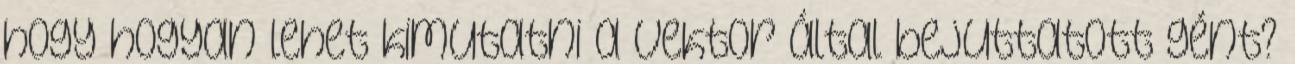
hogy hogyan lehet kimutatni a vektor által bejuttatott gént?